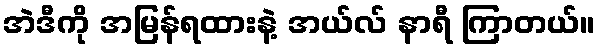
အဲဒီကို အမြန်ရထားနဲ့ အယ်လ် နာရီ ကြာတယ်။